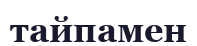
тайпамен